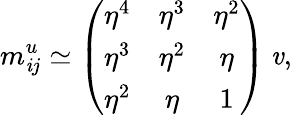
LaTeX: m_{\mathit{i}j}^{u}\simeq\left(\begin{array}{ccc}{{\eta^{4}}}&{{\eta^{3}}}&{{\eta^{2}}}\\ {{\eta^{3}}}&{{\eta^{2}}}&{{\eta}}\\ {{\eta^{2}}}&{{\eta}}&{{1}}\end{array}\right)\: \mathit{v},